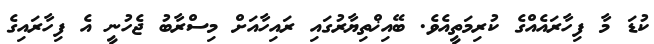
ކުޑަ މާ ފިހާރައެއްގެ ކުރިމަތީއެވެ. ބޭއިޚްތިޔާރުގައި ރައިހާއަށް މިސްރާބު ޖެހުނީ އެ ފިހާރައިގެ